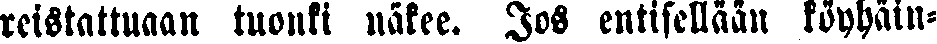
reistattuaan tuonki näkee. Jos entisellään köyhäin-